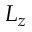
L _ { z }